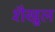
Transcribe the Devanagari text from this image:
शैखुल